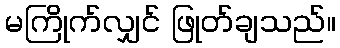
မကြိုက်လျှင် ဖြုတ်ချသည်။